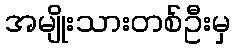
အမျိုးသားတစ်ဦးမှ